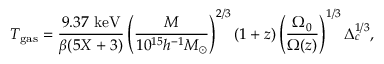
T _ { \mathrm { g a s } } = \frac { 9 . 3 7 \ \mathrm { k e V } } { \beta ( 5 X + 3 ) } \left( \frac { M } { 1 0 ^ { 1 5 } h ^ { - 1 } M _ { \odot } } \right) ^ { 2 / 3 } ( 1 + z ) \left( \frac { \Omega _ { 0 } } { \Omega ( z ) } \right) ^ { 1 / 3 } \Delta _ { c } ^ { 1 / 3 } ,